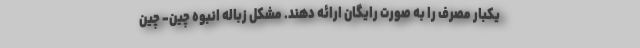
یکبار مصرف را به صورت رایگان ارائه دهند. مشکل زباله انبوه چین- چین